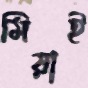
মিয়াই